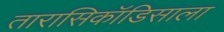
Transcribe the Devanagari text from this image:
तारासिकॉडिसाला